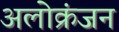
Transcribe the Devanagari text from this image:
अलोक्रंजन